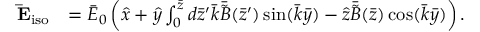
\begin{array} { r l } { \mathbf { \bar { E } } _ { \mathrm { i s o } } } & { = \bar { E } _ { 0 } \left( \hat { x } + \hat { y } \int _ { 0 } ^ { \bar { z } } d \bar { z } ^ { \prime } \bar { k } \bar { \tilde { B } } ( \bar { z } ^ { \prime } ) \sin ( \bar { k } \bar { y } ) - \hat { z } \bar { \tilde { B } } ( \bar { z } ) \cos ( \bar { k } \bar { y } ) \right) . } \end{array}